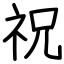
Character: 祝